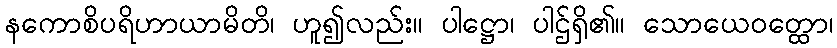
နကောစိပရိဟာယာမိတိ၊ ဟူ၍လည်း။ ပါဋ္ဌော၊ ပါဌ်ရှိ၏။ သောယေဝတ္ထော၊